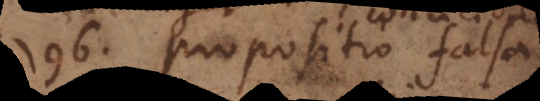
196) Propositio falsa